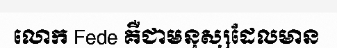
លោក Fede គឺជាមនុស្សដែលមាន